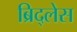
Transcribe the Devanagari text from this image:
ब्रिद्लेस